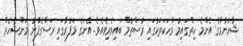
ޝާހުނާމާގެ އެންމެ ހިތްގައިމު ވާހަކަތަކުގައި ރުސްތުމް ބައިވެރިވެއެވެ. އޭނަގެ ޅަފުރާގައި ރަސްގެފާނު މަނޫޝެހެރް